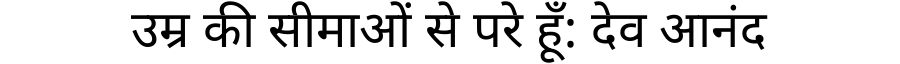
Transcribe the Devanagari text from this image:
उम्र की सीमाओं से परे हूँ: देव आनंद